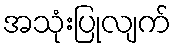
အသုံးပြုလျက်